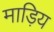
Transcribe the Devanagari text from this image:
माड़िय